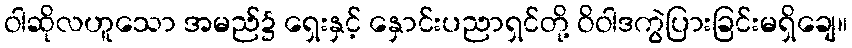
ဝါဆိုလဟူသော အမည်၌ ရှေးနှင့် နှောင်းပညာရှင်တို့ ဝိဝါဒကွဲပြားခြင်းမရှိချေ။